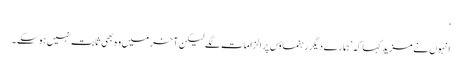
‘
انہوں نے مزید کہا کہ ’ہمارے دیگررہنماؤں پر الزامات لگے لیکن آخر میں وہ بھی ثابت نہیں ہوسکے ۔